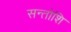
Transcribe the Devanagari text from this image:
सन्तोशि